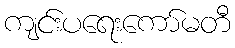
ကျင်းပရေးကော်မတီ